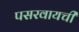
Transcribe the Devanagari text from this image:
पसरवायची